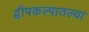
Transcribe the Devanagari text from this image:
द्वीपकल्पातल्या